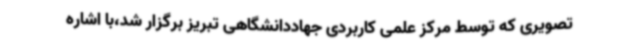
تصویری که توسط مرکز علمی کاربردی جهاددانشگاهی تبریز برگزار شد،با اشاره